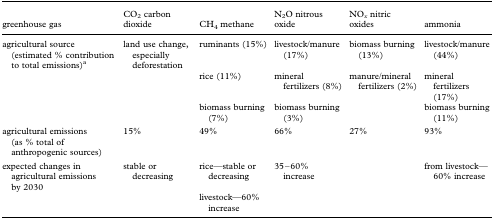
<table><thead><tr><td><b>greenhouse gas</b></td><td><b>CO<sub>2</sub> carbon dioxide</b></td><td><b>CH<sub>4</sub> methane</b></td><td><b>N<sub>2</sub>O nitrous oxide</b></td><td><b>NO<sub><i>x</i></sub> nitric oxides</b></td><td><b>ammonia</b></td></tr></thead><tbody><tr><td>agricultural source (estimated % contribution to total emissions)<sup>a</sup></td><td>land use change, especially deforestation</td><td>ruminants (15%)</td><td>livestock/manure (17%)</td><td>biomass burning (13%)</td><td>livestock/manure (44%)</td></tr><tr><td></td><td></td><td>rice (11%)</td><td>mineral fertilizers (8%)</td><td>manure/mineral fertilizers (2%)</td><td>mineral fertilizers (17%)</td></tr><tr><td></td><td></td><td>biomass burning (7%)</td><td>biomass burning (3%)</td><td></td><td>biomass burning (11%)</td></tr><tr><td>agricultural emissions (as % total of anthropogenic sources)</td><td>15%</td><td>49%</td><td>66%</td><td>27%</td><td>93%</td></tr><tr><td>expected changes in agricultural emissions by 2030</td><td>stable or decreasing</td><td>rice—stable or decreasing</td><td>35–60% increase</td><td></td><td>from livestock—60% increase</td></tr><tr><td></td><td></td><td>livestock—60% increase</td><td></td><td></td><td></td></tr></tbody></table>